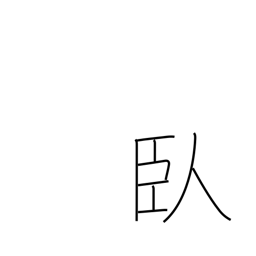
Meaning: lie prostrate